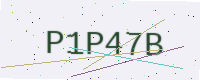
Text: P1P47B